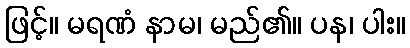
ဖြင့်။ မရဏံ နာမ၊ မည်၏။ ပန၊ ပါး။